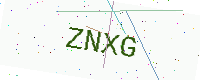
Text: ZNXG